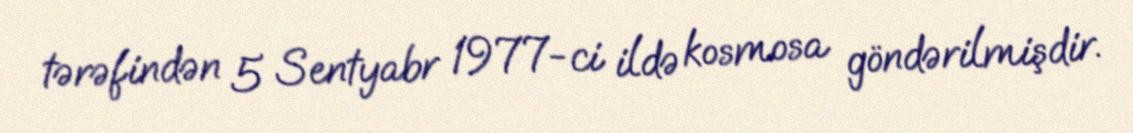
tərəfindən 5 Sentyabr 1977-ci ildə kosmosa göndərilmişdir.